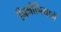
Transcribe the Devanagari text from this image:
निमोनियामें